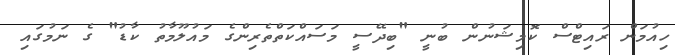
ހިއުމަން ރައިޓްސް ކޮމިޝަނުން ބުނީ "ބިދޭސީ މަސައްކަތްތެރިންގެ މައުލޫމާތު ކާޑު" ގެ ނަމުގައި